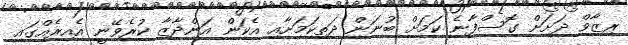
ރިޒާވް ދަށަށް ގޮސްފާނެ ކަމަށް ބުނަން ދަތިކަމަށާއި އެކަން އަންދާޒާ ކުރެވޭނީ އެއިރެއްގައި